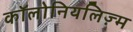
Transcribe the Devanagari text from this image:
कॉलोनियलिज़्म